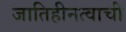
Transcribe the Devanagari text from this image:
जातिहीनत्वाची